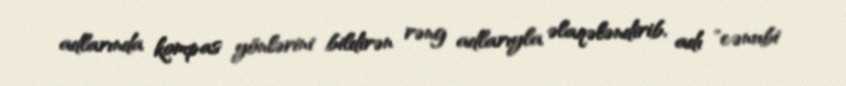
adlarında kompas yönlərini bildirən rəng adlarıyla əlaqələndirib, adı "cənubi